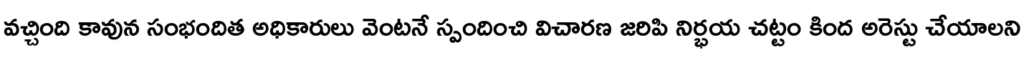
వచ్చింది కావున సంభందిత అధికారులు వెంటనే స్పందించి విచారణ జరిపి నిర్భయ చట్టం కింద అరెస్టు చేయాలని